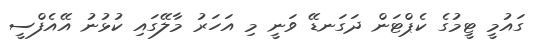
ގައުމީ ޓީމުގެ ކެޕްޓަން ދަގަނޑޭ ވަނީ މި އަހަރު މާލޭގައި ކުޅުނު އޭއެފްސީ